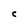
Character: C